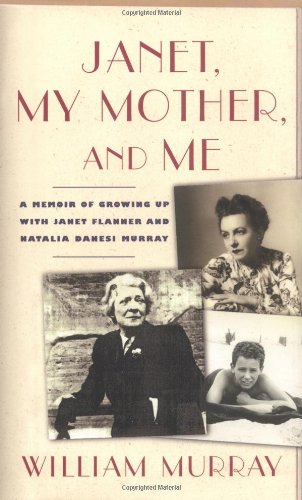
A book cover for Janet, My Mother, and Me: A Memoir of Growing Up with Janet Flanner and Natalia Danesi Murray; William Murray; Gay & Lesbian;